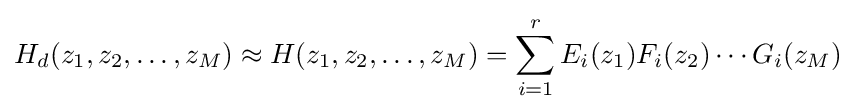
H_{d}(z_{1},z_{2},\ldots ,z_{M})\approx H(z_{1},z_{2},\ldots ,z_{M})=\sum _{i=1}^{r}E_{i}(z_{1})F_{i}(z_{2})\cdots G_{i}(z_{M})